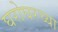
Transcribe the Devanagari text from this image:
घरोघरच्या